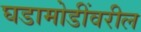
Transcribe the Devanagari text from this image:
घडामोडींवरील